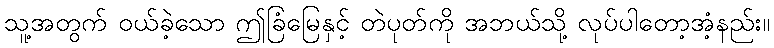
သူ့အတွက် ဝယ်ခဲ့သော ဤခြံမြေနှင့် တဲပုတ်ကို အဘယ်သို့ လုပ်ပါတော့အံ့နည်း။